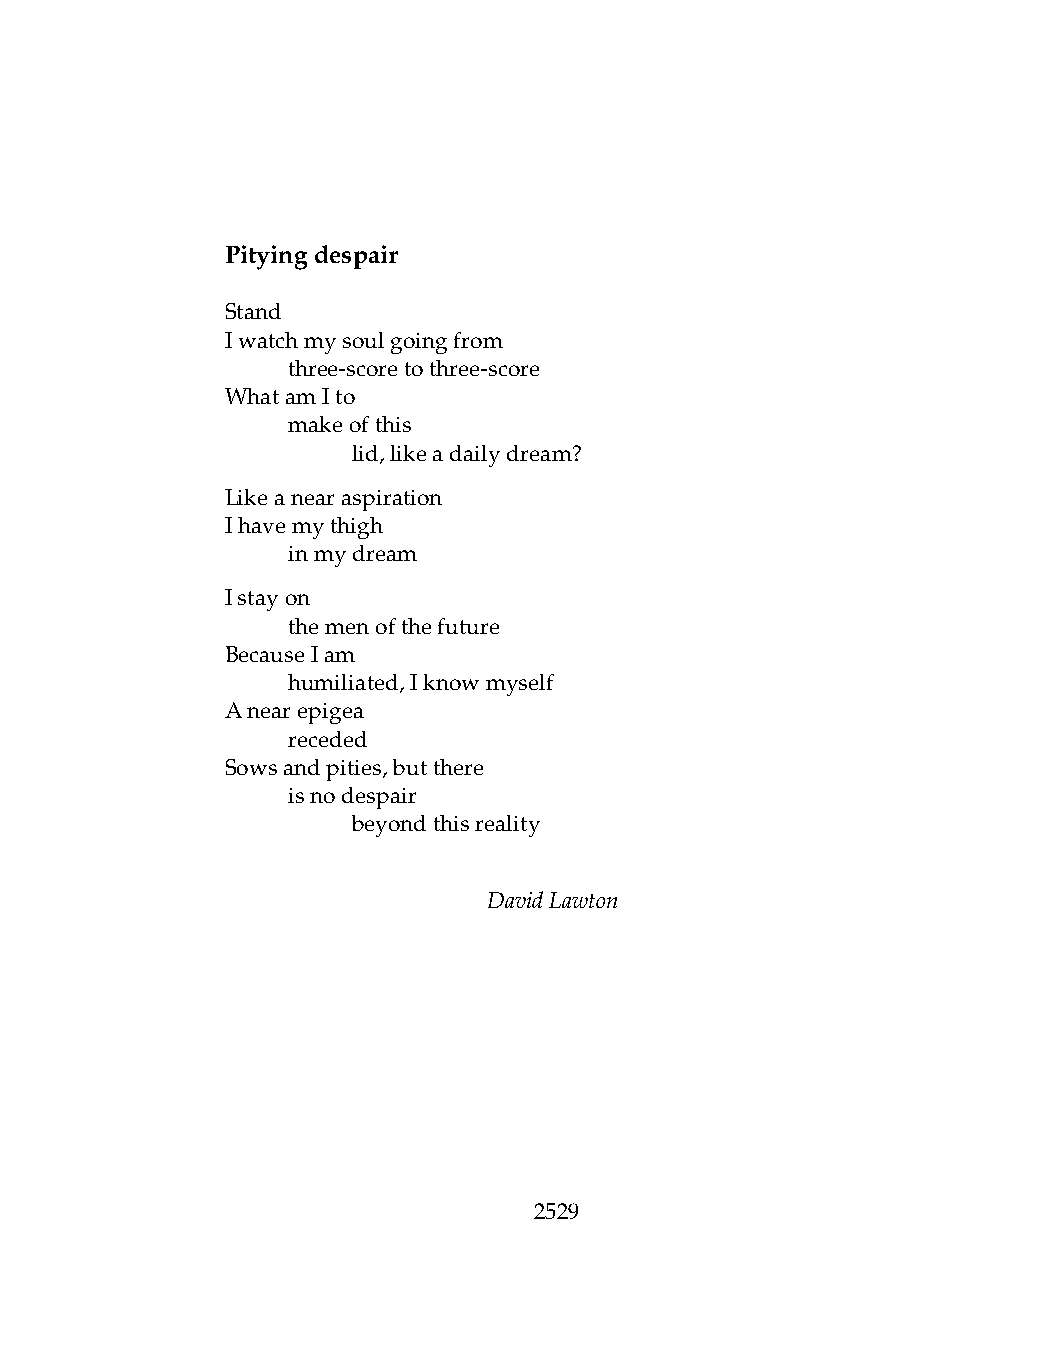
Pityingdespair
 Stand
 Iwatchmysoulgoingfrom
 .   three-scoretothree-score
 WhatamIto
 .   makeofthis
 .   .   lid,likeadailydream?
 Likeanearaspiration
 Ihavemythigh
 .   inmydream
 Istayon
 .   themenofthefuture
 BecauseIam
 .   humiliated,Iknowmyself
 Anearepigea
 .   receded
 Sowsandpities,butthere
 .   isnodespair
 .   .   beyondthisreality
 DavidLawton
 2529